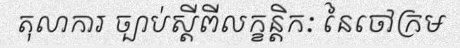
តុលាការ ច្បាប់ស្តីពីលក្ខន្តិកៈ នៃចៅក្រម